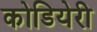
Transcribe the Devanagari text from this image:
कोडियेरी